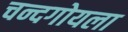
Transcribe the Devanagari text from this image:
चन्दगोयला